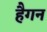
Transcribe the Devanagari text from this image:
हैगन